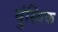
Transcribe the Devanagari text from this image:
ब्रुंस्विक